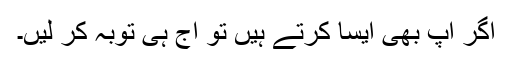
اگر آپ بھی ایسا کرتے ہیں تو آج ہی توبہ کر لیں۔